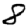
Digit: 8